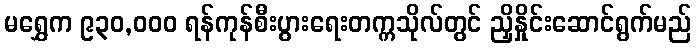
မရွှေက ၉၃၀,ဝဝဝ ရန်ကုန်စီးပွားရေးတက္ကသိုလ်တွင် ညှိနှိုင်းဆောင်ရွက်မည်